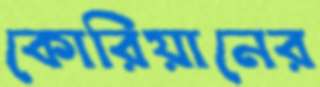
কোরিয়ানের